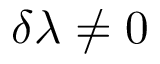
\delta \lambda \neq 0